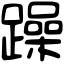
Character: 躁